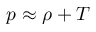
p \approx \rho + T